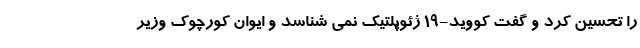
را تحسین کرد و گفت کووید-۱۹ ژئوپلتیک نمی شناسد و ایوان کورچوک وزیر